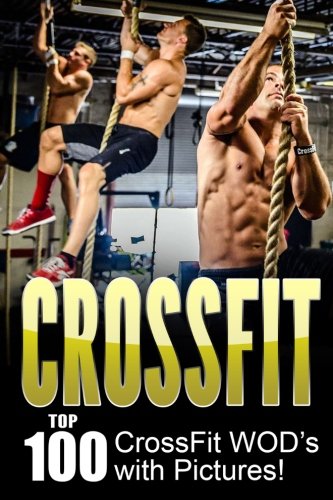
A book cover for CROSSFIT: CrossFit WOD's: Top 100 CrossFit WOD's with Pictures!; Dan Smith; Sports & Outdoors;